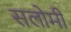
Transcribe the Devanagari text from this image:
सलोमी